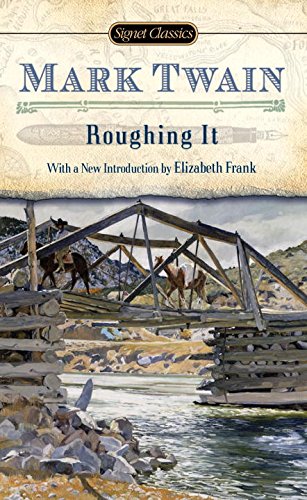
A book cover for Roughing It (Signet Classics); Mark Twain; Literature & Fiction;